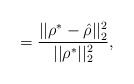
\begin{align*} = \frac{||\rho^* - \hat{\rho}||^2_2}{||\rho^*||_2^2},\end{align*}